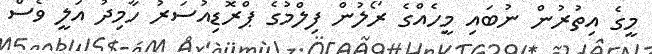
މީގެ އިތުރުން ނުބައި މީހެއްގެ ރޯލުން ފިލްމުގެ ޕްރޮޑިއުސަރު ހާމިދު އަލީ ވެސް